Civil Veterinary Dept. Bombay admin report 1923-31 - 1923-1931
Year: 1923
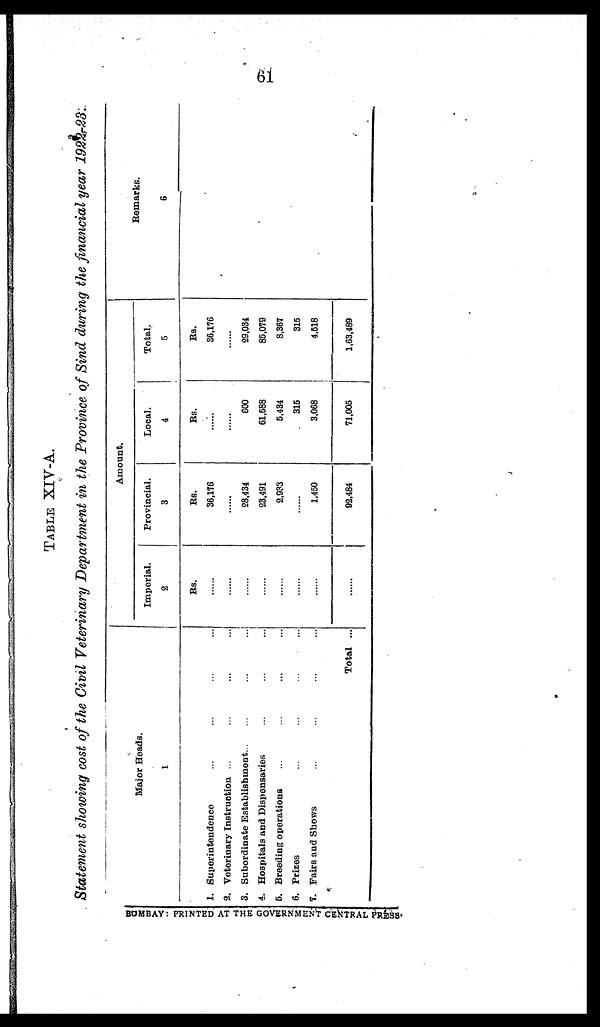
61
TABLE XIV-A.
Statement showing cost of the Civil Veterinary Department in the Province of Sind during the financial year 1922-23.
Major Heads.
1
1. Superintendence ...
...
...
...
2. Veterinary Instruction ...
...
...
...
3. Subordinate Establishment ...
...
...
...
4. Hospitals and Dispensaries
...
...
...
5. Breeding operations ...
...
...
...
6. Prizes ...
...
...
...
7. Fairs and Shows ...
...
...
...
Total
...
Amount.
Imperial.
2
Rs.
......
......
......
......
......
......
......
......
Provincial.
3
Rs.
36,176
......
28,434
23,491
2,933
......
1,450
92,484
Local.
4
Rs.
......
......
600
61,688
5,434
315
3,068
71,005
Total.
5
Rs.
36,176
29,034
85,079
8,367
315
4,518
1,63,489
Remarks.
6
BOMBAY: PRINTED AT THE GOVERNMENT CENTRAL PRESS.